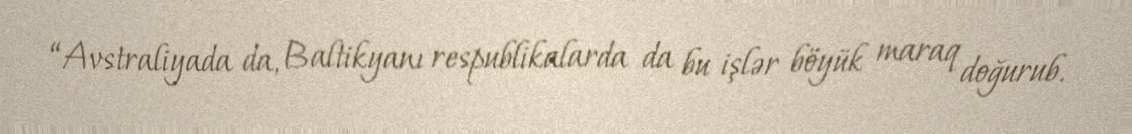
“Avstraliyada da, Baltikyanı respublikalarda da bu işlər böyük maraq doğurub.